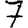
Digit: 7